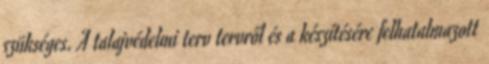
szükséges. A talajvédelmi terv tervről és a készítésére felhatalmazott